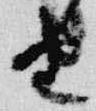
由